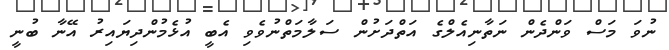
ނުވަ މަސް ވަންދެން ނަތާނިއެލްގެ އަތްދަށުން ސަލާމަތްނުވެވި އެބީ އުޅެމުންދިޔައިރު އޭނާ ބުނީ